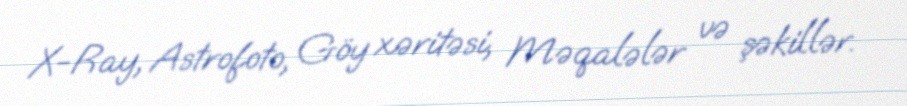
X-Ray, Astrofoto, Göy xəritəsi, Məqalələr və şəkillər.